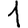
Digit: 1